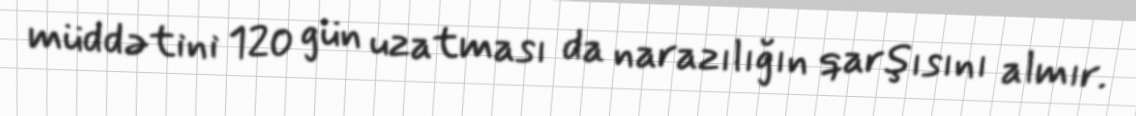
müddətini 120 gün uzatması da narazılığın qarşısını almır.